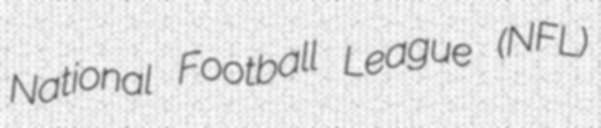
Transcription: National Football League (NFL)